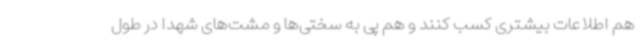
هم اطلاعات بیشتری کسب کنند و هم پی به سختی‌ها و مشت‌های شهدا در طول